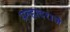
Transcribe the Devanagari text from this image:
प्रल्हादराजे